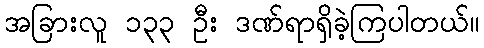
အခြားလူ ၁၃၃ ဦး ဒဏ်ရာရှိခဲ့ကြပါတယ်။